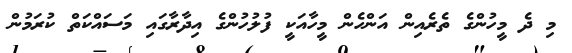
މި ދެ މީހުންގެ ތެރެއިން އަންހެން މީހާއަކީ ފުލުހުންގެ އިދާރާގައި މަސައްކަތް ކުރަމުން